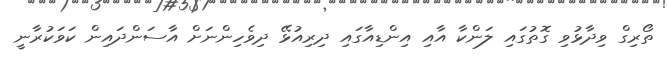
ތޯރިގް ވިދާޅުވި ގޮތުގައި ލަންކާ އާއި އިންޑިއާގައި ދިރިއުޅޭ ދިވެހިންނަށް އާސަންދައިން ކަވަކުރާނީ